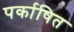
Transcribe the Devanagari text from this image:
पर्काषित